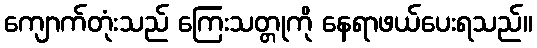
ကျောက်တုံးသည် ကြေးသတ္တုကို နေရာဖယ်ပေးရသည်။